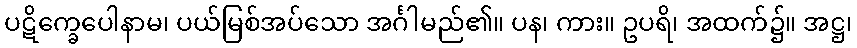
ပဋိက္ခေပေါနာမ၊ ပယ်မြစ်အပ်သော အင်္ဂါမည်၏။ ပန၊ ကား။ ဥပရိ၊ အထက်၌။ အဋ္ဌ၊